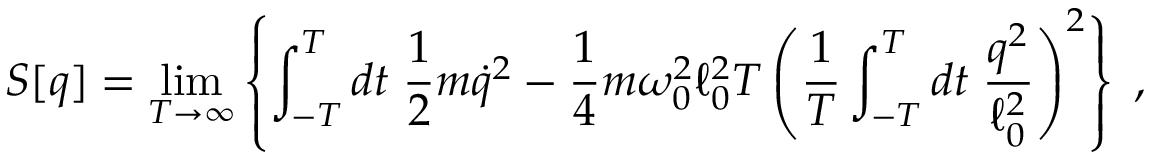
S [ q ] = \operatorname * { l i m } _ { T \rightarrow \infty } \left\{ \int _ { - T } ^ { T } d t \; \frac 1 2 m \dot { q } ^ { 2 } - \frac 1 4 m \omega _ { 0 } ^ { 2 } \ell _ { 0 } ^ { 2 } T \left( { \frac { 1 } { T } } \int _ { - T } ^ { T } d t \; { \frac { q ^ { 2 } } { \ell _ { 0 } ^ { 2 } } } \right) ^ { 2 } \right\} \; ,